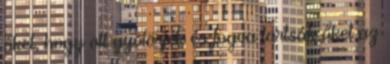
őket, hogy ott gyötörjék és fogva tartsák őket az